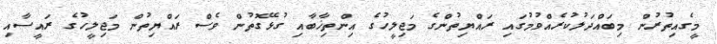
މީގެއިތުރުން މިބައްދަލުކުރެއްވުމުގައި ރައްޔިތުންގެ މަޖިލީހުގެ އިންތިޚާބާއި ގުޅޭގޮތުން ވެސް ރައްޔިތުން މަޖިލީހުގެ ރައީސާއި